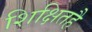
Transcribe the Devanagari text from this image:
शिक्षितहै